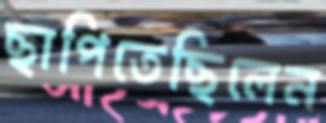
ছাপিতেছিলেন